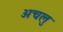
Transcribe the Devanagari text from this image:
अचलु